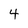
Character: 4